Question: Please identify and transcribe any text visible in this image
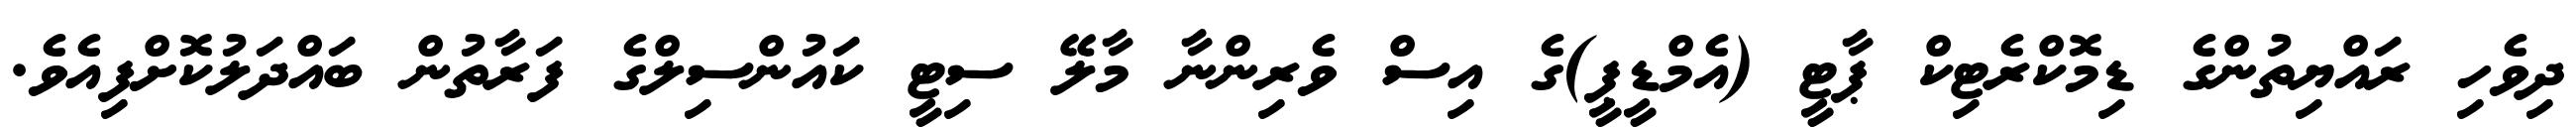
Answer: ދިވެހި ރައްޔިތުންގެ ޑިމޮކްރެޓިކް ޕާޓީ (އެމްޑީޕީ)ގެ އިސް ވެރިންނާ މާލޭ ސިޓީ ކައުންސިލްގެ ފަރާތުން ބައްދަލުކޮށްފިއެވެ.